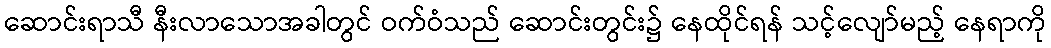
ဆောင်းရာသီ နီးလာသောအခါတွင် ဝက်ဝံသည် ဆောင်းတွင်း၌ နေထိုင်ရန် သင့်လျော်မည့် နေရာကို